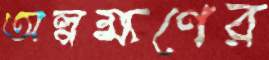
অল্পক্ষণের